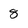
Character: 8